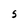
Character: S